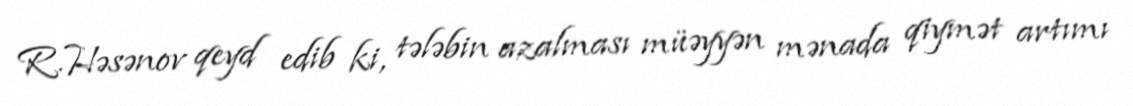
R.Həsənov qeyd edib ki, tələbin azalması müəyyən mənada qiymət artımı